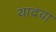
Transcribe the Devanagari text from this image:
यादवा